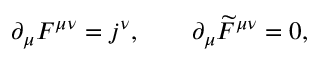
\partial _ { \mu } F ^ { \mu \nu } = j ^ { \nu } , \qquad \partial _ { \mu } \widetilde { F } ^ { \mu \nu } = 0 ,